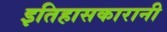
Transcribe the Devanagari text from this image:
इतिहासकारानी